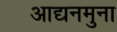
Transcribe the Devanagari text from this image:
आद्यनमुना